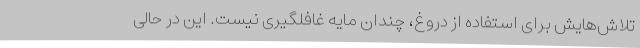
تلاش‌هایش برای استفاده از دروغ، چندان مایه غافلگیری نیست. این در حالی